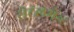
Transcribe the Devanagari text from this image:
सेटलमेन्ट